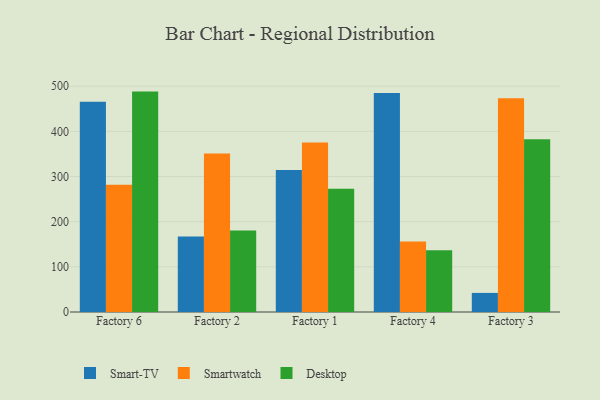
{"axis": {"x": "Factory", "y": "Headcount"}, "legend": ["Desktop", "Smart-TV", "Smartwatch"], "data": [{"x": "Factory 6", "y": 465.6, "type": "Smart-TV"}, {"x": "Factory 6", "y": 281.5, "type": "Smartwatch"}, {"x": "Factory 6", "y": 488.0, "type": "Desktop"}, {"x": "Factory 2", "y": 167.0, "type": "Smart-TV"}, {"x": "Factory 2", "y": 350.8, "type": "Smartwatch"}, {"x": "Factory 2", "y": 180.6, "type": "Desktop"}, {"x": "Factory 1", "y": 314.2, "type": "Smart-TV"}, {"x": "Factory 1", "y": 375.5, "type": "Smartwatch"}, {"x": "Factory 1", "y": 273.0, "type": "Desktop"}, {"x": "Factory 4", "y": 485.0, "type": "Smart-TV"}, {"x": "Factory 4", "y": 156.2, "type": "Smartwatch"}, {"x": "Factory 4", "y": 137.0, "type": "Desktop"}, {"x": "Factory 3", "y": 42.3, "type": "Smart-TV"}, {"x": "Factory 3", "y": 473.0, "type": "Smartwatch"}, {"x": "Factory 3", "y": 382.6, "type": "Desktop"}]}